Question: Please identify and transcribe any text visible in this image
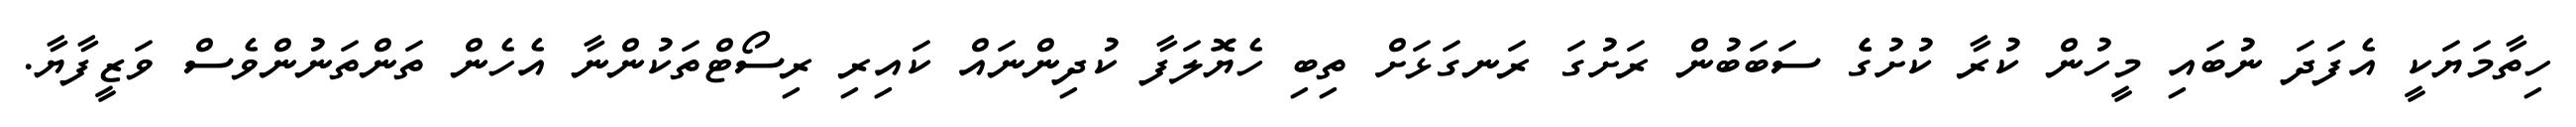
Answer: ހިތާމަޔަކީ އެފަދަ ނުބައި މީހުން ކުރާ ކުށުގެެ ސަބަބުން ރަށުގަ ރަނގަޅަށް ތިބި ހެޔޮލަފާ ކުދިންނައް ކައިރި ރިސޯޓްތަކުންނާ އެހެން ތަންތަނުންވެސް ވަޒީފާޔާ.